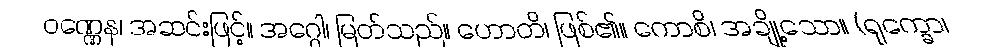
ဝဏ္ဏေန၊ အဆင်းဖြင့်။ အဂ္ဂေါ၊ မြတ်သည်။ ဟောတိ၊ ဖြစ်၏။ ကောစိ၊ အချို့သော။ (ရုက္ခော၊